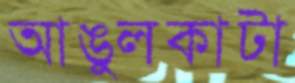
আঙুলকাটা